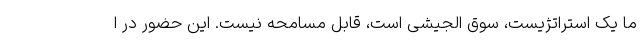
ما یک استراتژیست، سوق الجیشی است، قابل مسامحه نیست. این حضور در ا